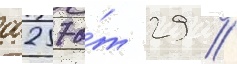
00257 о́т 29 //